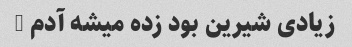
زیادی شیرین بود زده میشه آدم …